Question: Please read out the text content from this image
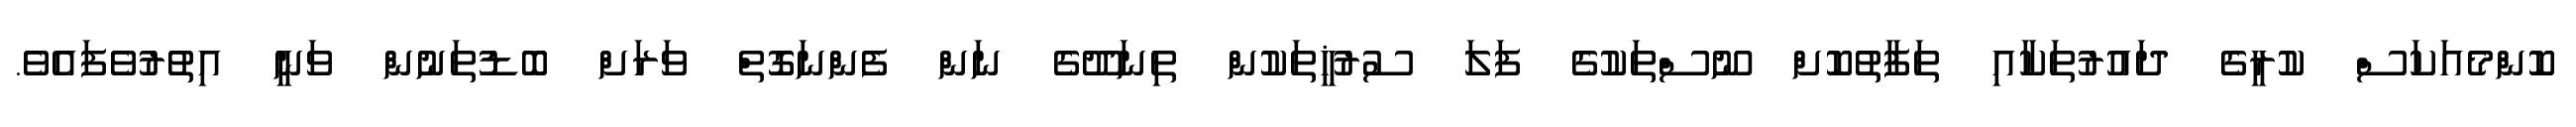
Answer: ކޮންމެއަކަސް ކުރީގެ ދައުރުތަކާއި ތަފާތުކޮށް ނޫސްތަކުގެ ފަލަ ސުރުޚީތަކުން ތިނަދޫގެ ނަން ފެންނަގޮތް ވަރަށް ބޮޑުތަނުން ވަނީ އިތުރުވެފައެވެ.